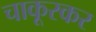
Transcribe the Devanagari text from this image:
चाकूरकर